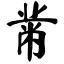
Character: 黹